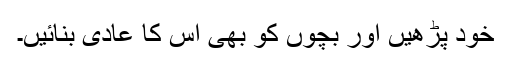
خود پڑھیں اور بچوں کو بھی اس کا عادی بنائیں۔